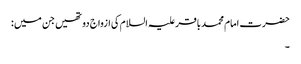
حضرت امام محمد باقر علیہ السلام کی ازواج دو تھیں جن میں :
۔